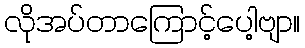
လိုအပ်တာကြောင့်ပေါ့ဗျာ။